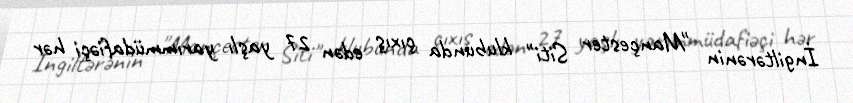
İngiltərənin "Mançester Siti" klubunda çıxış edən 27 yaşlı yarımmüdafiəçi hər